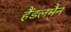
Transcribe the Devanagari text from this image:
हैंडलमैन